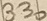
Text: 330